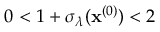
0 < 1 + \sigma _ { \lambda } ( \mathbf { x } ^ { ( 0 ) } ) < 2